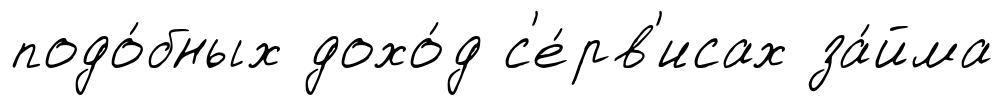
подо́бных дохо́д с'е́рв'исах за́йма